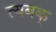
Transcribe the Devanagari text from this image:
त्यबक्